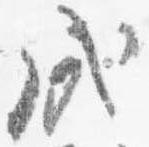
戌